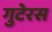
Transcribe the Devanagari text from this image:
गुटेरस